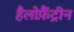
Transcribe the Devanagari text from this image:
हैलोफ़ैंट्रीन